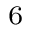
_ 6